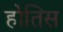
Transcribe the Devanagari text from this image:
होतिस